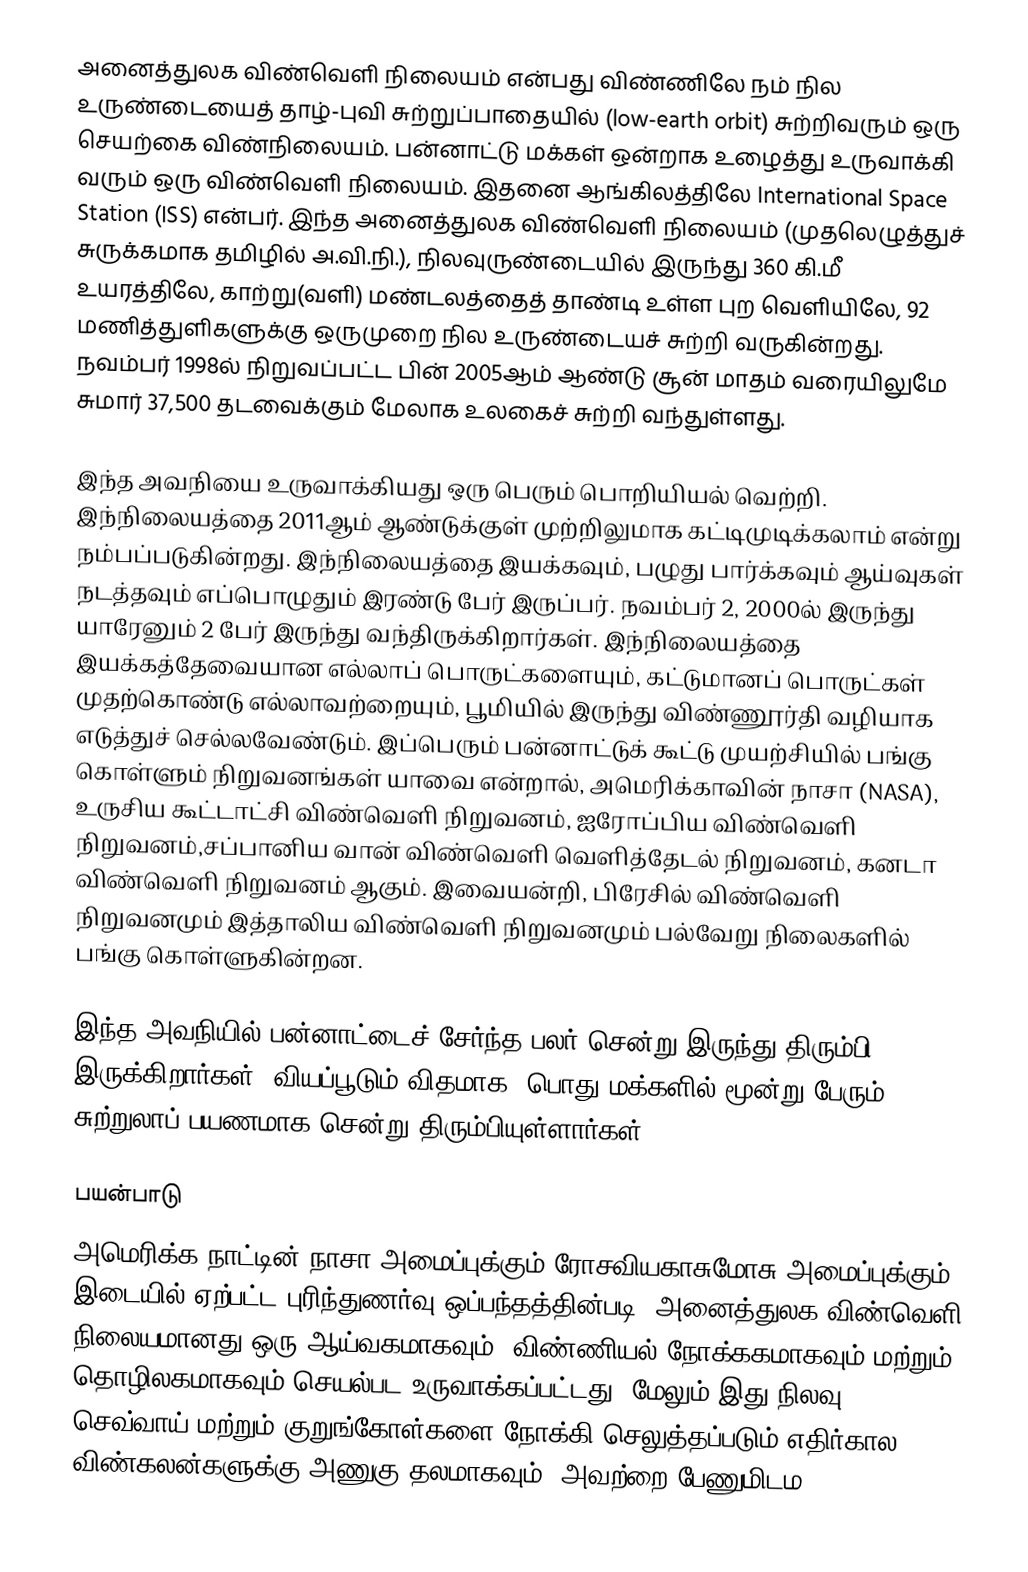
அனைத்துலக விண்வெளி நிலையம் என்பது விண்ணிலே நம் நில உருண்டையைத் தாழ்-புவி சுற்றுப்பாதையில் (low-earth orbit) சுற்றிவரும் ஒரு செயற்கை விண்நிலையம். பன்னாட்டு மக்கள் ஒன்றாக உழைத்து உருவாக்கி வரும் ஒரு விண்வெளி நிலையம். இதனை ஆங்கிலத்திலே International Space Station (ISS) என்பர். இந்த அனைத்துலக விண்வெளி நிலையம் (முதலெழுத்துச் சுருக்கமாக தமிழில் அ.வி.நி.), நிலவுருண்டையில் இருந்து 360 கி.மீ உயரத்திலே, காற்று(வளி) மண்டலத்தைத் தாண்டி உள்ள புற வெளியிலே, 92 மணித்துளிகளுக்கு ஒருமுறை நில உருண்டையச் சுற்றி வருகின்றது. நவம்பர் 1998ல் நிறுவப்பட்ட பின் 2005ஆம் ஆண்டு சூன் மாதம் வரையிலுமே சுமார் 37,500 தடவைக்கும் மேலாக உலகைச் சுற்றி வந்துள்ளது.

இந்த அவநியை உருவாக்கியது ஒரு பெரும் பொறியியல் வெற்றி. இந்நிலையத்தை 2011ஆம் ஆண்டுக்குள் முற்றிலுமாக கட்டிமுடிக்கலாம் என்று நம்பப்படுகின்றது. இந்நிலையத்தை இயக்கவும், பழுது பார்க்கவும் ஆய்வுகள் நடத்தவும் எப்பொழுதும் இரண்டு பேர் இருப்பர். நவம்பர் 2, 2000ல் இருந்து யாரேனும் 2 பேர் இருந்து வந்திருக்கிறார்கள். இந்நிலையத்தை இயக்கத்தேவையான எல்லாப் பொருட்களையும், கட்டுமானப் பொருட்கள் முதற்கொண்டு எல்லாவற்றையும், பூமியில் இருந்து விண்ணூர்தி வழியாக எடுத்துச் செல்லவேண்டும். இப்பெரும் பன்னாட்டுக் கூட்டு முயற்சியில் பங்கு கொள்ளும் நிறுவனங்கள் யாவை என்றால், அமெரிக்காவின் நாசா (NASA), உருசிய கூட்டாட்சி விண்வெளி நிறுவனம், ஐரோப்பிய விண்வெளி நிறுவனம்,சப்பானிய வான் விண்வெளி வெளித்தேடல் நிறுவனம், கனடா விண்வெளி நிறுவனம் ஆகும். இவையன்றி, பிரேசில் விண்வெளி நிறுவனமும் இத்தாலிய விண்வெளி நிறுவனமும் பல்வேறு நிலைகளில் பங்கு கொள்ளுகின்றன.

இந்த அவநியில் பன்னாட்டைச் சேர்ந்த பலர் சென்று இருந்து திரும்பி இருக்கிறார்கள். வியப்பூடும் விதமாக, பொது மக்களில் மூன்று பேரும் சுற்றுலாப் பயணமாக சென்று திரும்பியுள்ளார்கள்.

பயன்பாடு
அமெரிக்க நாட்டின் நாசா அமைப்புக்கும் ரோசவியகாசுமோசு அமைப்புக்கும் இடையில் ஏற்பட்ட புரிந்துணர்வு ஒப்பந்தத்தின்படி, அனைத்துலக விண்வெளி நிலையமானது ஒரு ஆய்வகமாகவும், விண்ணியல் நோக்ககமாகவும் மற்றும் தொழிலகமாகவும் செயல்பட உருவாக்கப்பட்டது. மேலும் இது நிலவு, செவ்வாய் மற்றும் குறுங்கோள்களை நோக்கி செலுத்தப்படும் எதிர்கால விண்கலன்களுக்கு அணுகு தலமாகவும், அவற்றை பேணுமிடம